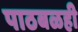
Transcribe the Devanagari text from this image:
पाठबळही